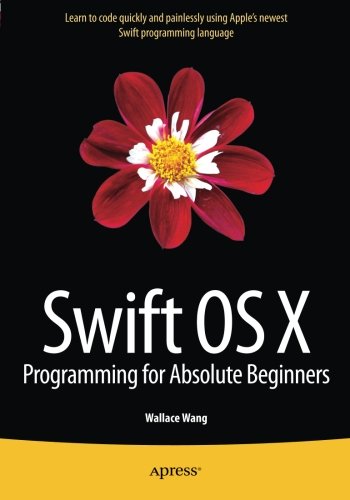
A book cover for Swift OS X Programming for Absolute Beginners; Wallace Wang; Computers & Technology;